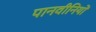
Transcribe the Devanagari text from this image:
पानवीनियो